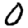
Digit: 0